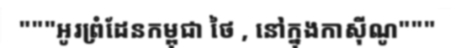
"""អូរព្រំដែនកម្ពុជា ថៃ , នៅក្នុងកាស៊ីណូ"""